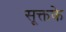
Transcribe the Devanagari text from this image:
सूक्तके